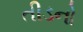
તીડનો